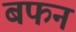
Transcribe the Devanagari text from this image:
बफन